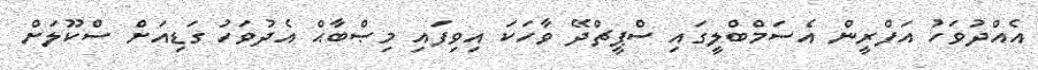
އެއްދުވަހު އަފްރީން އެސަމްބްލީގައި ސްޕީޗްދޭ ވާހަކަ އިވިފައި މިޞްބާޙް އެދުވަހު ގަޑިއަށް ސްކޫލަށް